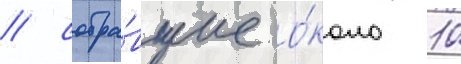
/ собра́вшие о́коло 10